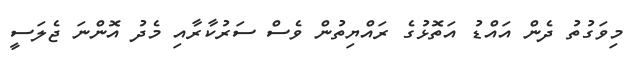
މިވަގުތު ދެން އައްޑު އަތޮޅުގެ ރައްޔިތުން ވެސް ސަރުކާރާއި މެދު އޮންނަ ޖެލަސީ